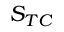
S _ { T C }